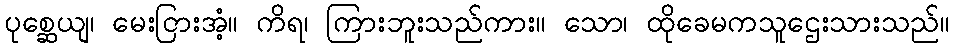
ပုစ္ဆေယျ၊ မေးငြားအံ့။ ကိရ၊ ကြားဘူးသည်ကား။ သော၊ ထိုခေမကသူဌေးသားသည်။